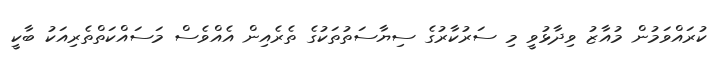
ކުރައްވަމުން މުއާޒު ވިދާޅުވީ މި ސަރުކާރުގެ ސިޔާސަތުތަކުގެ ތެރެއިން އެއްވެސް މަސައްކަތްތެރިއަކު ބާކީ